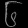
Digit: ၆